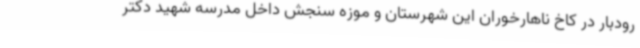
رودبار در کاخ ناهارخوران این شهرستان و موزه سنجش داخل مدرسه شهید دکتر